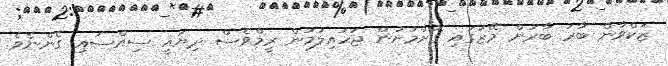
ޒަކްވާން ބާރު ބާރަށް މޭޒުގައި ގޮށްމުށުން ޖަހައިލުމުން ރީމްވެސް ދިޔައީ ސިއްސައި ގެންނެވެ.